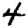
Digit: 4